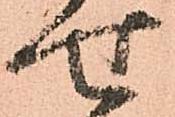
せ